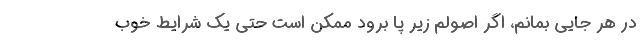
در هر جایی بمانم، اگر اصولم زیر پا برود ممکن است حتی یک شرایط خوب